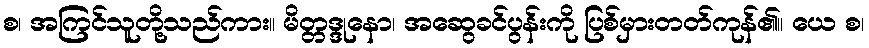
စ၊ အကြင်သူတို့သည်ကား။ မိတ္တဒ္ဒုနော၊ အဆွေခင်ပွန်းကို ပြစ်မှားတတ်ကုန်၏။ ယေ စ၊